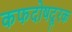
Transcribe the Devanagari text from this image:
कफदोषदूरक